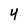
Character: 4